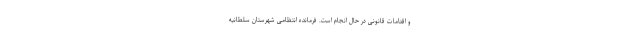
و اقدامات قانونی در حال انجام است. فرمانده انتظامی شهرستان سلطانیه